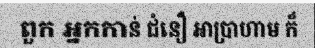
ពួក អ្នកកាន់ ជំនឿ អាប្រាហាម ក៏